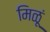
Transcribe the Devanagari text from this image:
मिळूं